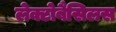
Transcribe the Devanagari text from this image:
लेक्टोबैसिलस